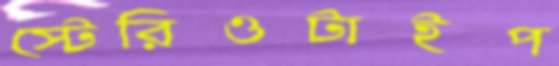
স্টেরিওটাইপ